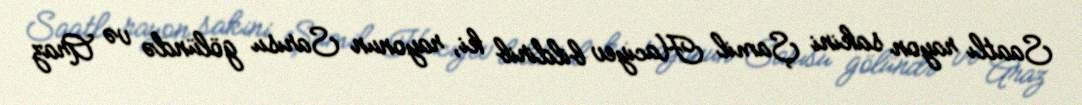
Saatlı rayon sakini Şamil Hacıyev bildirib ki, rayonun Sarısu gölündə və Araz